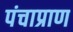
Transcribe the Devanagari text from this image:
पंचाप्राण